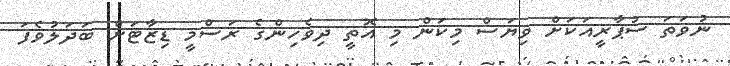
ނުވަތަ ސުޕާރީއަކަށް ވިޔަސް މިކަން މި އޮތީ ދިވެހިންގެ ރަސްމީ ޑިޒާޓަށް ބަދަލުވެފަ